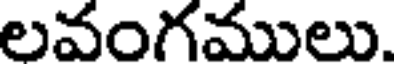
లవంగములు.